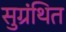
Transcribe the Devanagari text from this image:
सुग्रंथित